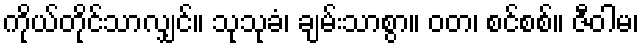
ကိုယ်တိုင်သာလျှင်။ သုသုခံ၊ ချမ်းသာစွာ။ ဝတ၊ စင်စစ်။ ဇီဝါမ၊